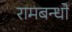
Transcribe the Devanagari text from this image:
रामबन्धो